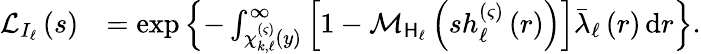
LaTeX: \begin{array}{rl}{\mathcal{L}_{I_{\ell}}\left(s\right)}&{=\exp\left\{ -\int_{\chi_{k,\ell}^{\left(\varsigma\right)}\left(y\right)}^{\infty}{\left[1-\mathcal{M}_{\mathsf{H}_{\ell}}\left(sh_{\ell}^{\left(\varsigma\right)}\left(r\right)\right)\right]\bar{\lambda}_{\ell}\left(r\right)\, \mathrm{d}r}\right\} .}\end{array}